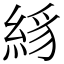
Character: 絼